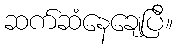
ဆက်ဆံနေချေပြီ။